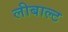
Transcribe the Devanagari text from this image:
लीबाल्ट